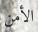
الأمن